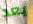
بعد